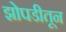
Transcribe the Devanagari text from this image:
झोपडीतून